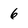
Character: 6